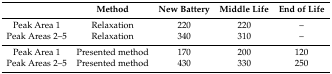
<table><thead><tr><td></td><td><b>Method</b></td><td><b>New Battery</b></td><td><b>Middle Life</b></td><td><b>End of Life</b></td></tr></thead><tbody><tr><td>Peak Area 1</td><td>Relaxation</td><td>220</td><td>220</td><td>–</td></tr><tr><td>Peak Areas 2–5</td><td>Relaxation</td><td>340</td><td>310</td><td>–</td></tr><tr><td>Peak Area 1</td><td>Presented method</td><td>170</td><td>200</td><td>120</td></tr><tr><td>Peak Areas 2–5</td><td>Presented method</td><td>430</td><td>330</td><td>250</td></tr></tbody></table>